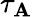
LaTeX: \tau_{\mathbf{A}}